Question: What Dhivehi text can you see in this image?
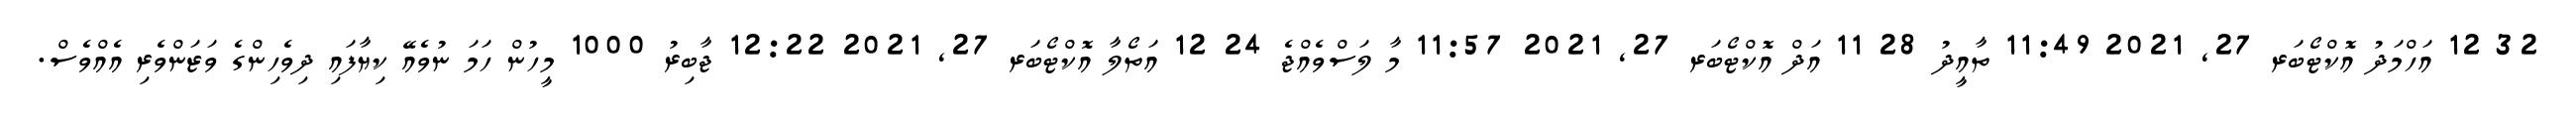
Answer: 32 12 އަހްމަދު އޮކްޓޯބަރ 27, 2021 11:49 ތާއީދު 28 11 އަދް އޮކްޓޯބަރ 27, 2021 11:57 މާ ލަސްވެއްޖެ 24 12 އަތޯލާ އޮކްޓޯބަރ 27, 2021 12:22 ޖާބިރު 1000 މީހުން ހަމަ ނުވެއޭ ކިޔާފައި ދިވެހިންގެ ވަޒަންވެރި އެއްވެސް.